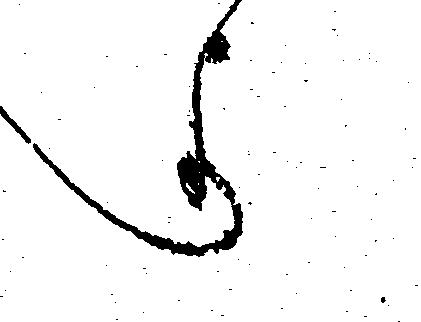
よ